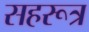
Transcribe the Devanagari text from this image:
सहरूत्र